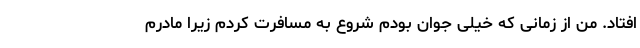
افتاد. من از زمانی که خیلی جوان بودم شروع به مسافرت کردم زیرا مادرم